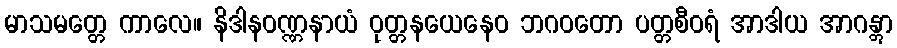
မာသမတ္တေ ကာလေ။ နိဒါနဝဏ္ဏနာယံ ဝုတ္တနယေနေဝ ဘဂဝတော ပတ္တစီဝရံ အာဒါယ အာဂန္တွာ